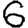
Digit: 6